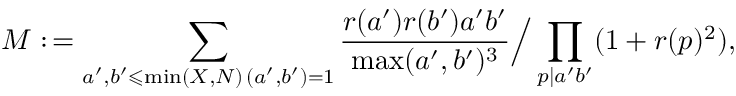
M : \, = \sum _ { \substack { a ^ { \prime } , b ^ { \prime } \leqslant \operatorname* { m i n } ( X , N ) \, ( a ^ { \prime } , b ^ { \prime } ) = 1 } } \frac { r ( a ^ { \prime } ) r ( b ^ { \prime } ) a ^ { \prime } b ^ { \prime } } { \operatorname* { m a x } ( a ^ { \prime } , b ^ { \prime } ) ^ { 3 } } \Big / \prod _ { p | a ^ { \prime } b ^ { \prime } } ( 1 + r ( p ) ^ { 2 } ) ,